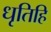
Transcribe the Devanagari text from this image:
धृतिहि